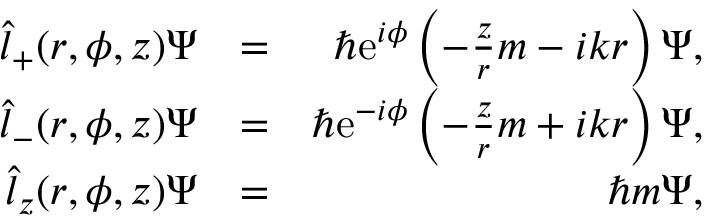
\begin{array} { r l r } { \hat { l } _ { + } ( r , \phi , z ) \Psi } & { = } & { \hbar \mathrm { e } ^ { i \phi } \left( - \frac { z } { r } m - i k r \right) \Psi , } \\ { \hat { l } _ { - } ( r , \phi , z ) \Psi } & { = } & { \hbar \mathrm { e } ^ { - i \phi } \left( - \frac { z } { r } m + i k r \right) \Psi , } \\ { \hat { l } _ { z } ( r , \phi , z ) \Psi } & { = } & { \hbar m \Psi , } \end{array}